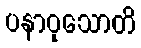
ပနာဝုသောတိ